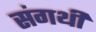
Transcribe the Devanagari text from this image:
संगथी